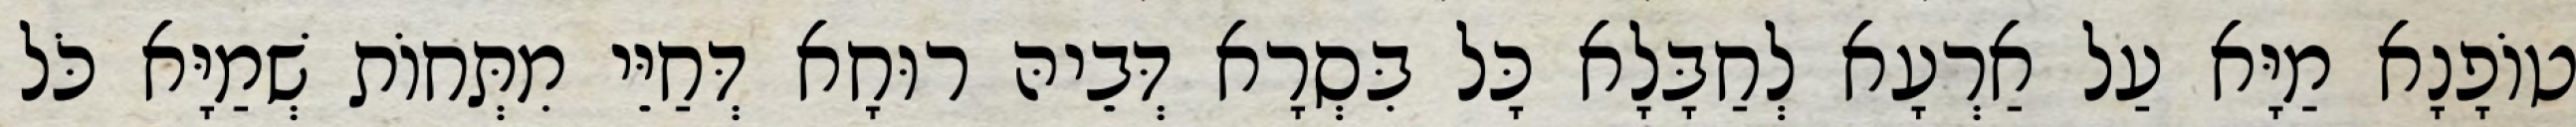
טוֹפָנָא מַיָּא עַל אַרְעָא לְחַבָּלָא כָּל בִּסְרָא דְּבֵיהּ רוּחָא דְּחַיֵּי מִתְּחוֹת שְׁמַיָּא כֹּל